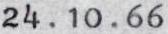
24.10.66